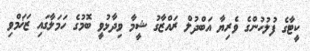
ކީޓާގެ ފުލުހުންގެ ވެރިޔާ އަބްދުލް ރައްޒާގު ޝީމާ ވިދާޅުވީ ބޮމުގެ ހަމަލާގައި ޒަޚަމްވި